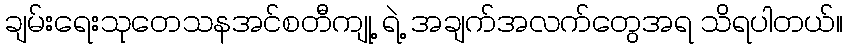
ချမ်းရေးသုတေသနအင်စတီကျု့ ရဲ့ အချက်အလက်တွေအရ သိရပါတယ်။